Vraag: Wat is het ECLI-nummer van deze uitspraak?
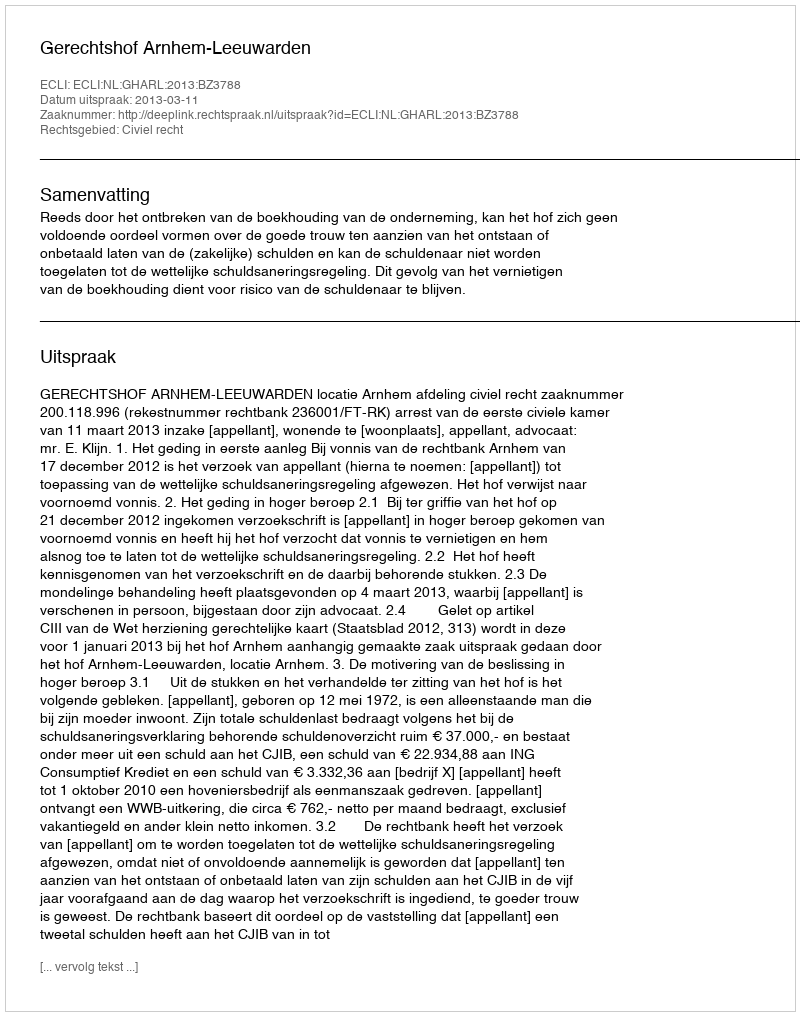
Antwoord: ECLI:NL:GHARL:2013:BZ3788